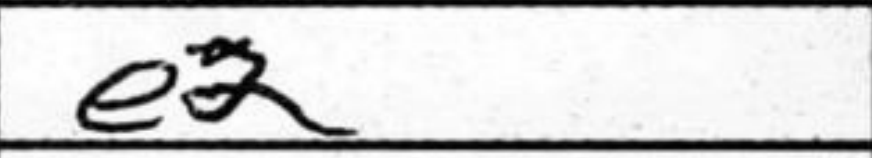
Transcription: e2